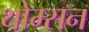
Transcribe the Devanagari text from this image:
थोम्सन